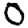
Digit: 0